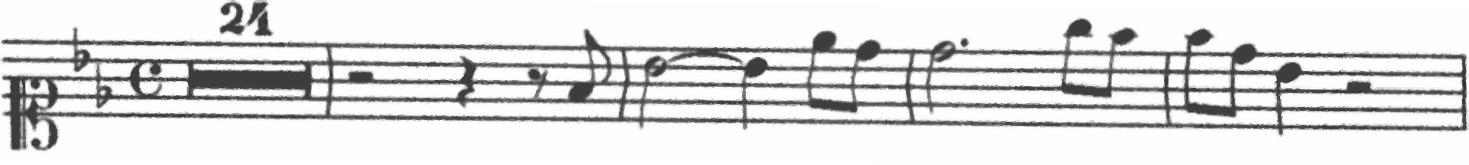
Transcription: clef-C1 keySignature-BbM timeSignature-C multirest-24 barline rest-half rest-quarter rest-eighth note-F4_eighth barline note-Bb4_half tie note-Bb4_quarter note-Eb5_eighth note-D5_eighth barline note-D5_half. note-G5_eighth note-F5_eighth barline note-F5_eighth note-D5_eighth note-Bb4_quarter rest-half barline